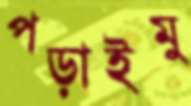
পড়াইমু